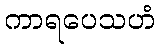
ကာရပေသဟံ